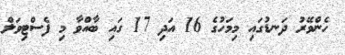
ހެންވޭރު ދަނޑުގައި މިމަހުގެ 16 އަދި 17 ގައި ބާއްވާ މި ފެސްޓިވަލް